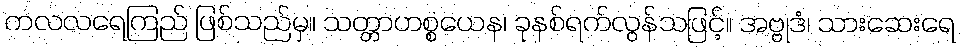
ကလလရေကြည် ဖြစ်သည်မှ။ သတ္တာဟစ္စယေန၊ ခုနစ်ရက်လွန်သဖြင့်။ အဗ္ဗုဒံ၊ သားဆေးရေ